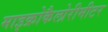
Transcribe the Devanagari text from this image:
माइक्रोकैलोरीमीटर